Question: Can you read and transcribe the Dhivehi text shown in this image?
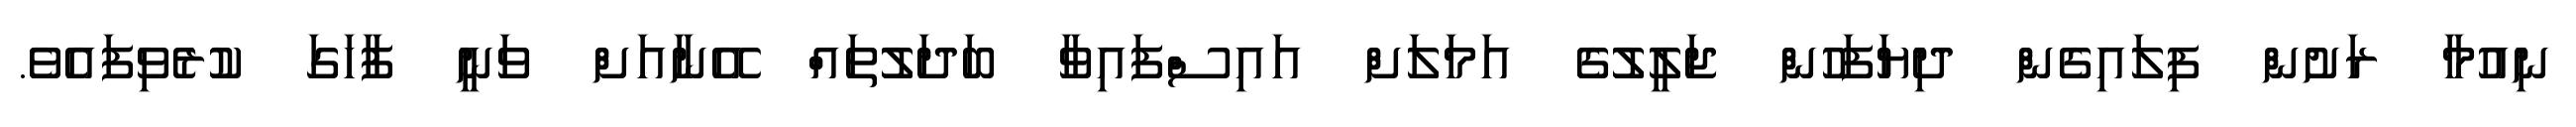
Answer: ނިއުމާ ރަށުން ފިލައިގެން ދިޔަފަހުން ޖަލީލުގެ އަމަލަށް އައިސްފައިވާ ބަދަލުތައް އޭނާއަށް ވަނީ ފާހަގަ ކުރެވިފައެވެ.